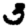
Digit: 3